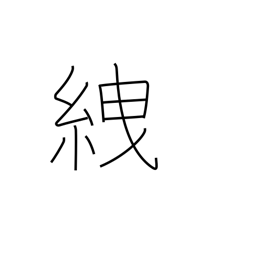
Meaning: tie